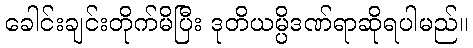
ခေါင်းချင်းတိုက်မိပြီး ဒုတိယမ္ပိဒဏ်ရာဆိုရပါမည်။